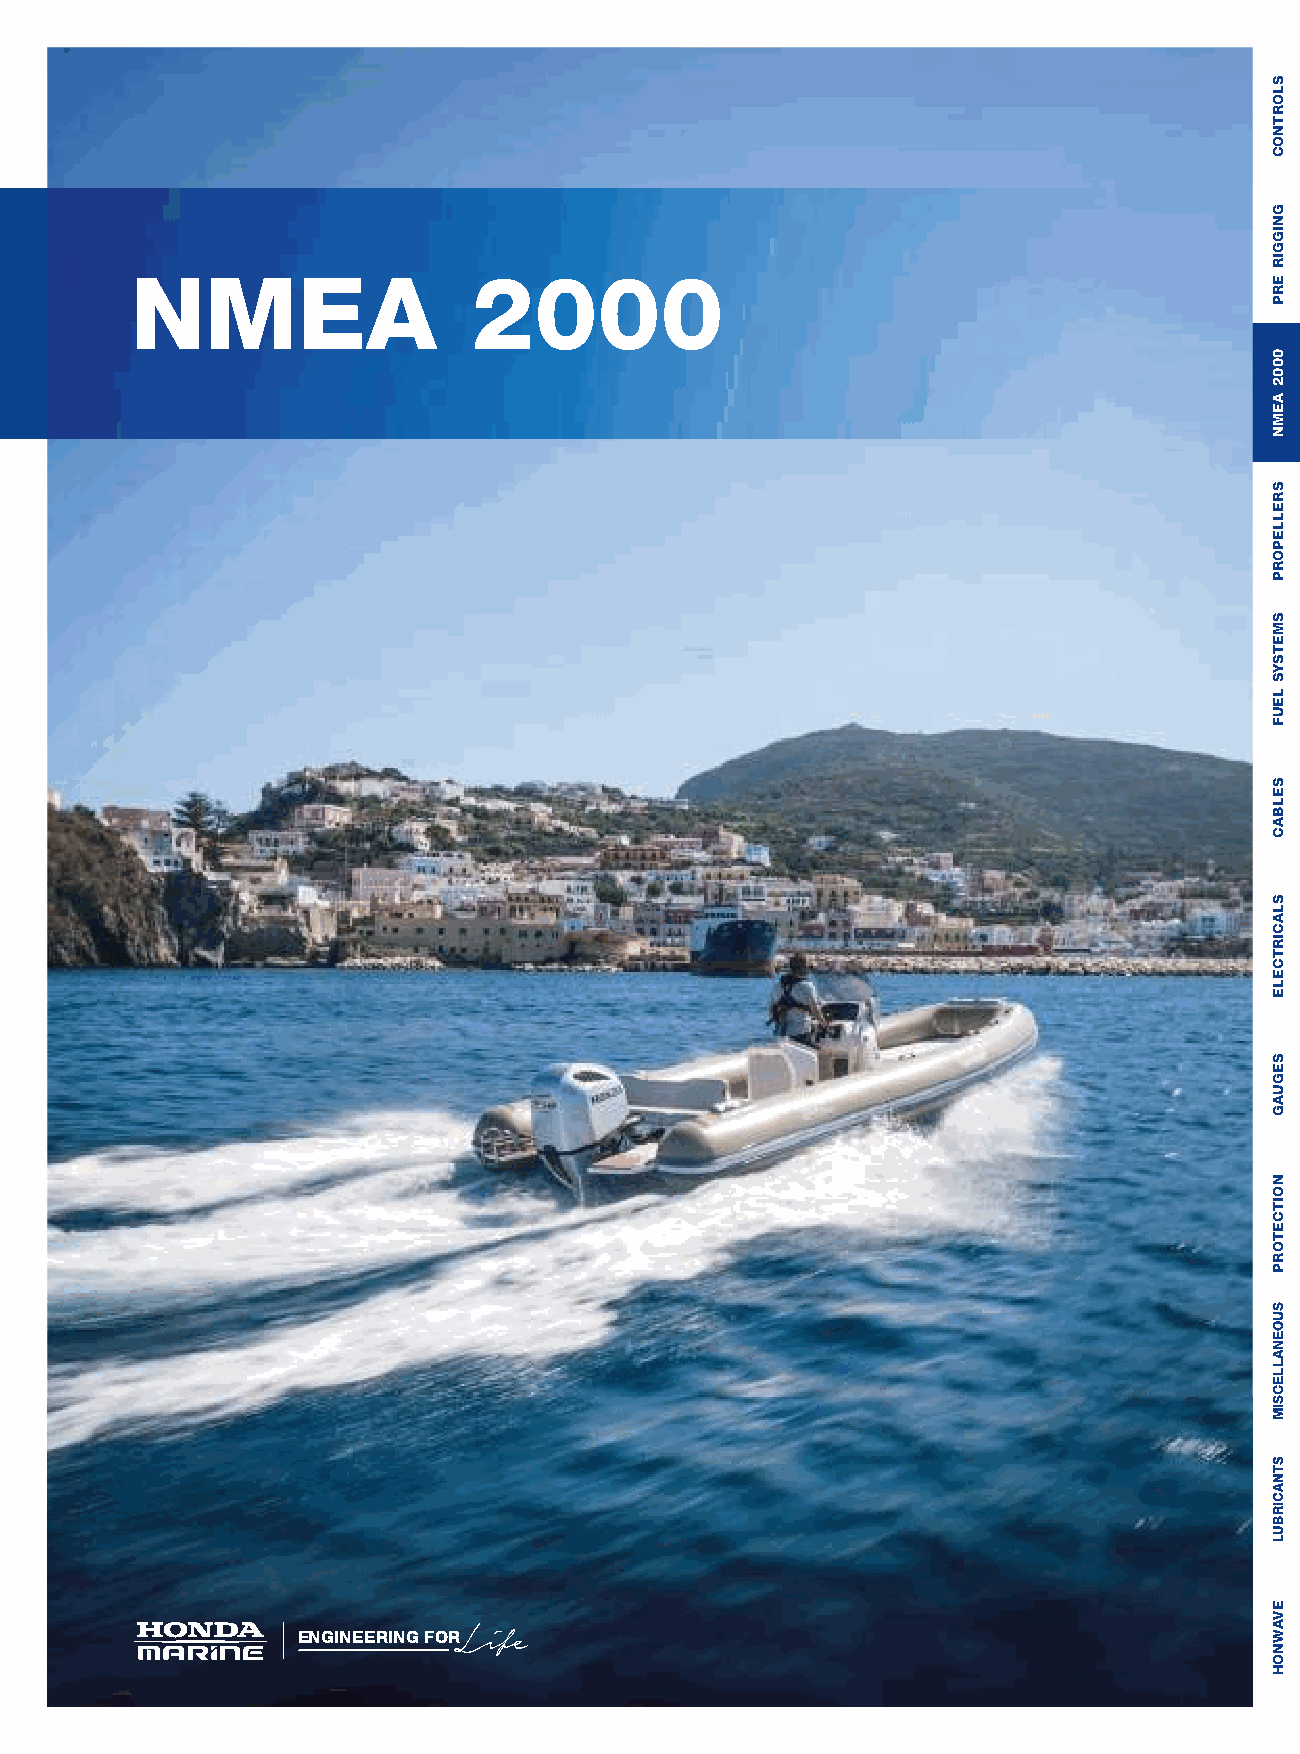
NMEA                  2000
 Life
 ENGINEERING FOR
 SLORTNOC
 GNIGGIR
 ERP
 0002
 AEMN
 SRELLEPORP
 SMETSYS
 LEUF
 SELBAC
 SLACIRTCELE
 SEGUAG
 NOITCETORP
 SUOENALLECSIM
 STNACIRBUL
 EVAWNOH